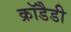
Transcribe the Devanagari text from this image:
क्रॉडैडी